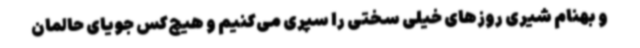
و بهنام شیری روزهای خیلی سختی را سپری می‌کنیم و هیچ‌کس جویای حالمان